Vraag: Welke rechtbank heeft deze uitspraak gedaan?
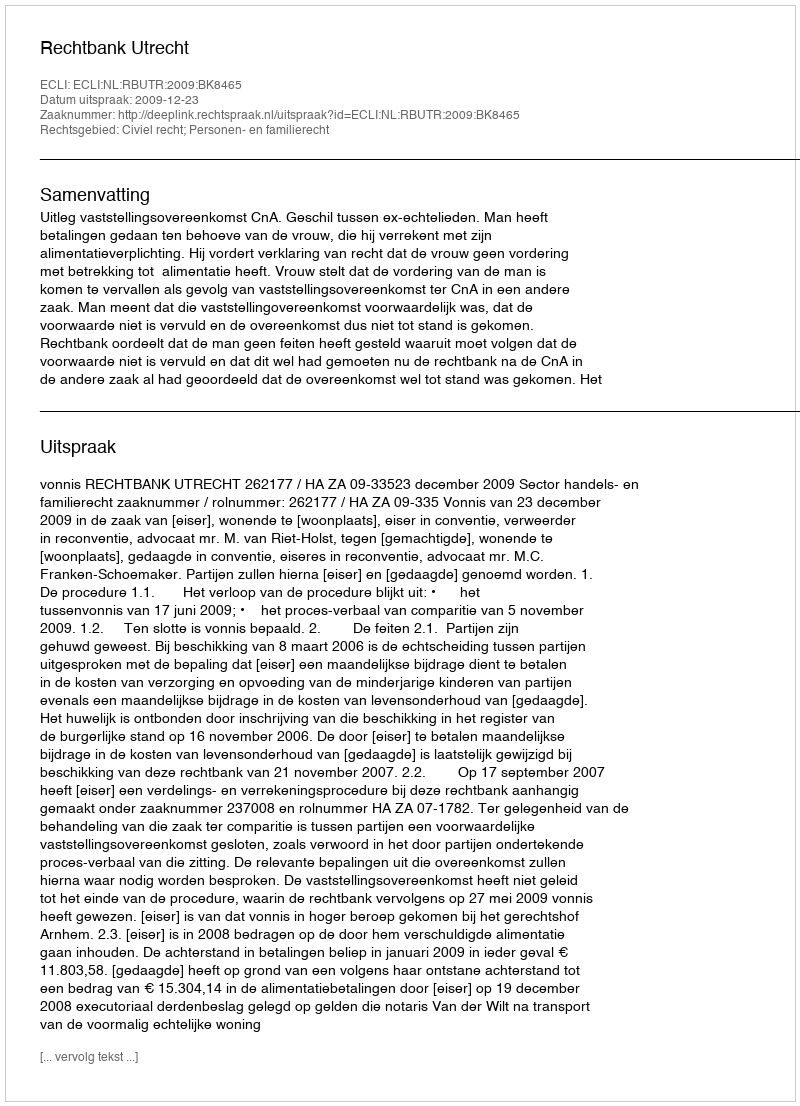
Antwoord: Rechtbank Utrecht